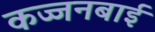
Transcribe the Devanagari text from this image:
कज्जनबाई